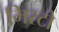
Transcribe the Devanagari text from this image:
मिरटो